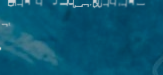
استمتع بأعلى مستويات الرا